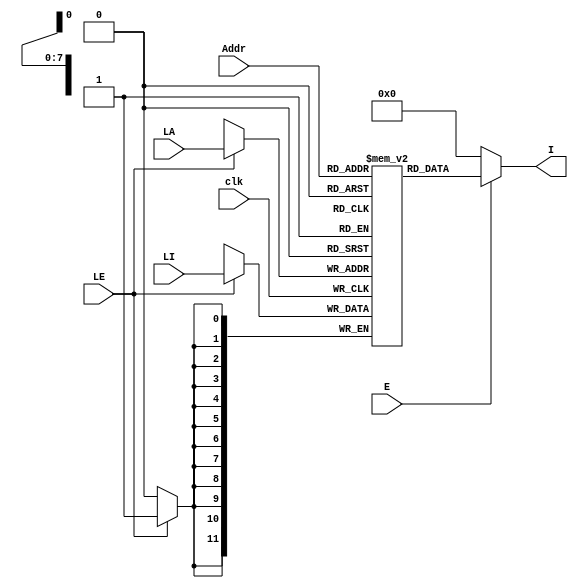
module PMem(
            input clk,			// Clock
            input E,			// Enable Port
            input [7:0] Addr,	// Address Port
            output [11:0] I,	// Instruction Port
            // 3 special ports are used to load program to the memory
            input LE,			// Load Enable Port
            input [7:0] LA,		// Load Address Port
            input [11:0] LI		// Load Instruction Port
            );

reg [11:0] Prog_Mem [255:0] ;

always @(posedge clk)
begin
    // Load Enable = high => copy instructions into Program Memory Register
    if(LE == 1)
        Prog_Mem[LA] <= LI;
end

// Enable = high => porgram memory address is stored in instruction port, else store "zero"
assign I = (E == 1) ? Prog_Mem[Addr] : 0 ;

endmodule